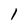
Character: 1